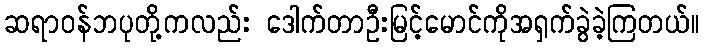
ဆရာဝန်ဘပုတို့ကလည်း ဒေါက်တာဦးမြင့်မောင်ကိုအရှက်ခွဲခဲ့ကြတယ်။